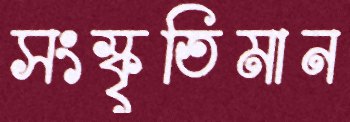
সংস্কৃতিমান